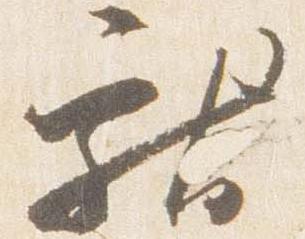
献